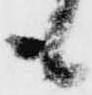
も